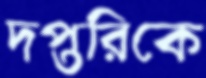
দপ্তরিকে